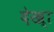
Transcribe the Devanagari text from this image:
देख्‍ा